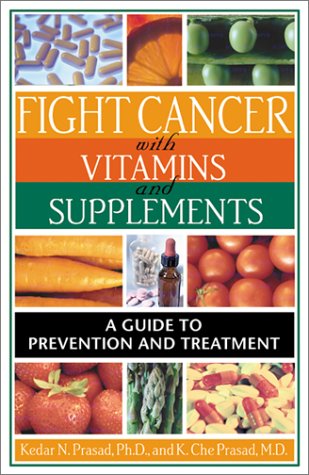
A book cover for Fight Cancer with Vitamins and Supplements: A Guide to Prevention and Treatment; K. Che Prasad M.S.  M.D.; Health, Fitness & Dieting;